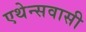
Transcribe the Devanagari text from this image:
एथेन्सवासी